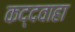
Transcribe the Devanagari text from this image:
कद्दवाहा